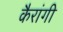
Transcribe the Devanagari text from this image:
कैरांगी